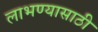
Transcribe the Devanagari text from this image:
लाभण्यासाठी